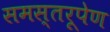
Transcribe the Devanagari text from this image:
समस्तरूपेण